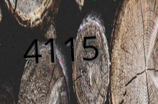
4115